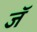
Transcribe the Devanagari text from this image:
जॅ